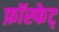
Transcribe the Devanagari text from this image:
फ़ॉस्फेट्